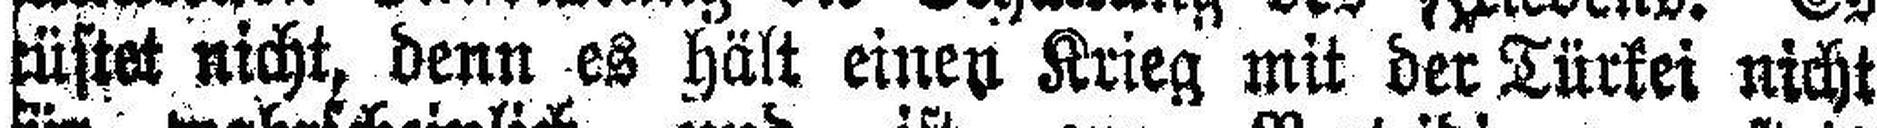
###üstet nicht, denn es hält einen Krieg mit der Türkei nicht